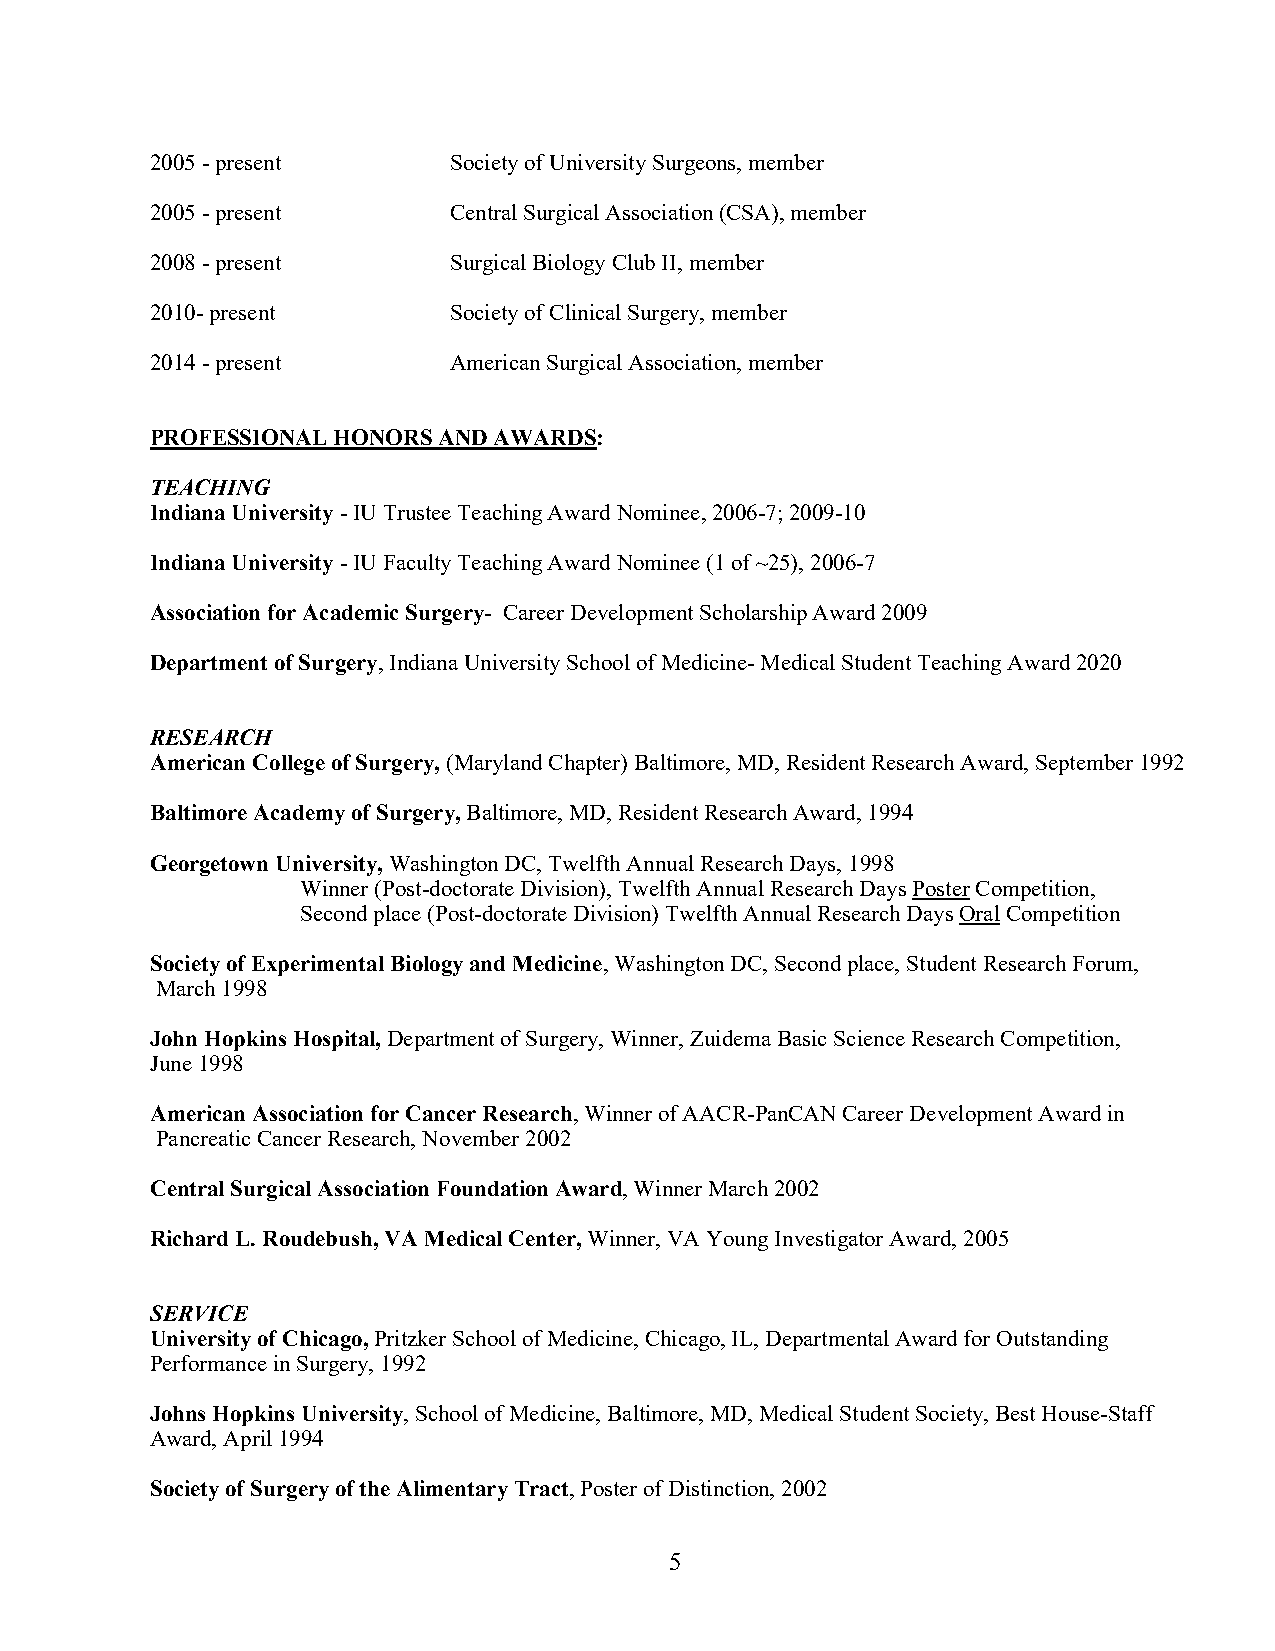
2005 - present      Society of University Surgeons, member
 2005 - present      Central Surgical Association (CSA), member
 2008 - present      Surgical Biology Club II, member
 2010- present       Society of Clinical Surgery, member
 2014 - present      American Surgical Association, member
 PROFESSIONAL HONORS AND AWARDS:
 TEACHING
 Indiana University - IU Trustee Teaching Award Nominee, 2006-7; 2009-10
 Indiana University - IU Faculty Teaching Award Nominee (1 of ~25), 2006-7
 Association for Academic Surgery- Career Development Scholarship Award 2009
 Department of Surgery, Indiana University School of Medicine- Medical Student Teaching Award 2020
 RESEARCH
 American College of Surgery, (Maryland Chapter) Baltimore, MD, Resident Research Award, September 1992
 Baltimore Academy of Surgery, Baltimore, MD, Resident Research Award, 1994
 Georgetown University, Washington DC, Twelfth Annual Research Days, 1998
 Winner (Post-doctorate Division), Twelfth Annual Research Days Poster Competition,
 Second place (Post-doctorate Division) Twelfth Annual Research Days Oral Competition
 Society of Experimental Biology and Medicine, Washington DC, Second place, Student Research Forum,
 March 1998
 John Hopkins Hospital, Department of Surgery, Winner, Zuidema Basic Science Research Competition,
 June 1998
 American Association for Cancer Research, Winner of AACR-PanCAN Career Development Award in
 Pancreatic Cancer Research, November 2002
 Central Surgical Association Foundation Award, Winner March 2002
 Richard L. Roudebush, VA Medical Center, Winner, VA Young Investigator Award, 2005
 SERVICE
 University of Chicago, Pritzker School of Medicine, Chicago, IL, Departmental Award for Outstanding
 Performance in Surgery, 1992
 Johns Hopkins University, School of Medicine, Baltimore, MD, Medical Student Society, Best House-Staff
 Award, April 1994
 Society of Surgery of the Alimentary Tract, Poster of Distinction, 2002
 5